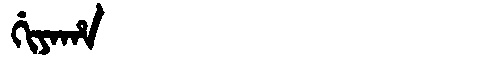
Manchu: ᡤᡳᠶᠠᡥᠠ
Romanization: GIYAHA